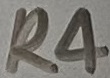
Text: R4